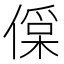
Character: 𠍂